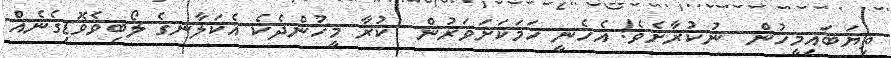
ތިޔަބައިމީހުން  ނުކުރާށެވެ! އެހެނީ ހަމަކަށަވަރުން  ކުރާ މީހުންދެކެ އެކަލާނގެ ލޯބިވެވޮޑިގެނެއް